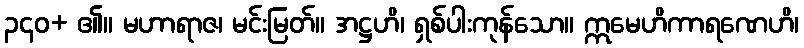
၃၄၀+ ၏။ မဟာရာဇ၊ မင်းမြတ်။ အဋ္ဌဟိ၊ ရှစ်ပါးကုန်သော။ ဣမေဟိကာရဏေဟိ၊